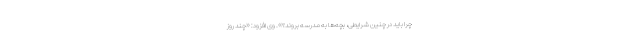
چرا باید در چنین شرایطی، بچه‌ها به مدرسه بروند؟». وی افزود: «چند روز